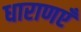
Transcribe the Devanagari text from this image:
धाराणएँ